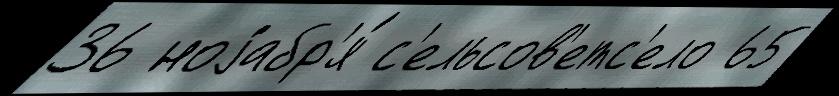
36 ноjабр'я́ с'ельсов'етс'ело 65